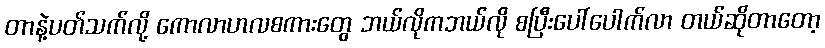
တာနဲ့ပတ်သက်လို့ ကောလာဟလစကားတွေ ဘယ်လိုကဘယ်လို စပြီးပေါ်ပေါက်လာ တယ်ဆိုတာတော့